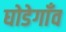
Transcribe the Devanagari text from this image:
घोडेगाँव